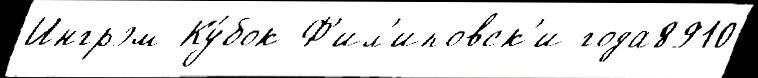
Ингрэм Ку́бок Ф'ил'иповск'и года8910